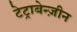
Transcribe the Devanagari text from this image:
टेट्राबेन्ज़ीन